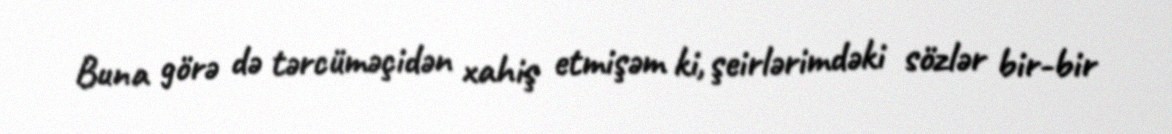
Buna görə də tərcüməçidən xahiş etmişəm ki, şeirlərimdəki sözlər bir-bir